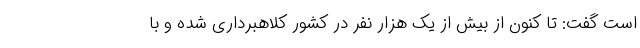
است گفت: تا کنون از بیش از یک هزار نفر در کشور کلاهبرداری شده و با